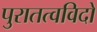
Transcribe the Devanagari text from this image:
पुरातत्‍वविदों